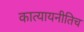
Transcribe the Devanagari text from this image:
कात्यायनीतिच